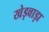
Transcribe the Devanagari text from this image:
खेड़वाड़ा